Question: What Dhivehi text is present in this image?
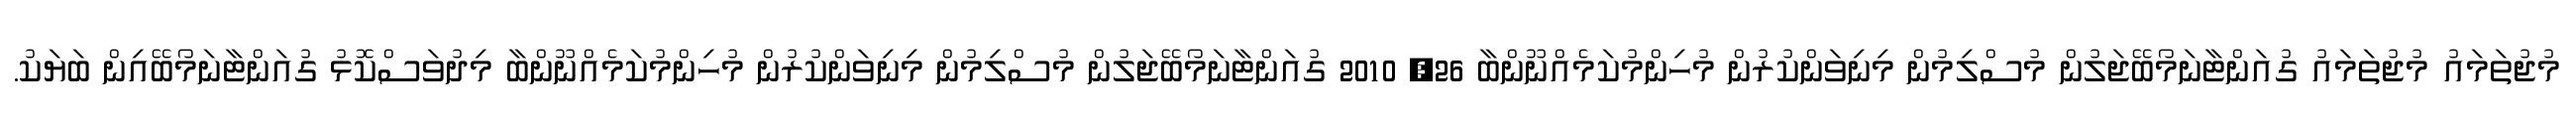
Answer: މުޖުތަމައު މުޖުތަމައު ގުއަންޓާނަމޯބޭޖަލުން މުސްލިމުން މިނިވަންކުރުން މުހިންމުކަމެއްނޫންބާ 26, 2010 ގުއަންޓާނަމޯބޭޖަލުން މުސްލިމުން މިނިވަންކުރުން މުހިންމުކަމެއްނޫންބާ މިދުވަސްކޮޅު ގުއަންޓާނަމޯބޭއިން ބަޔަކު.